Civil Veterinary Dept. North-West Frontier Province 1901-22 - 1901-1922
Year: 1901
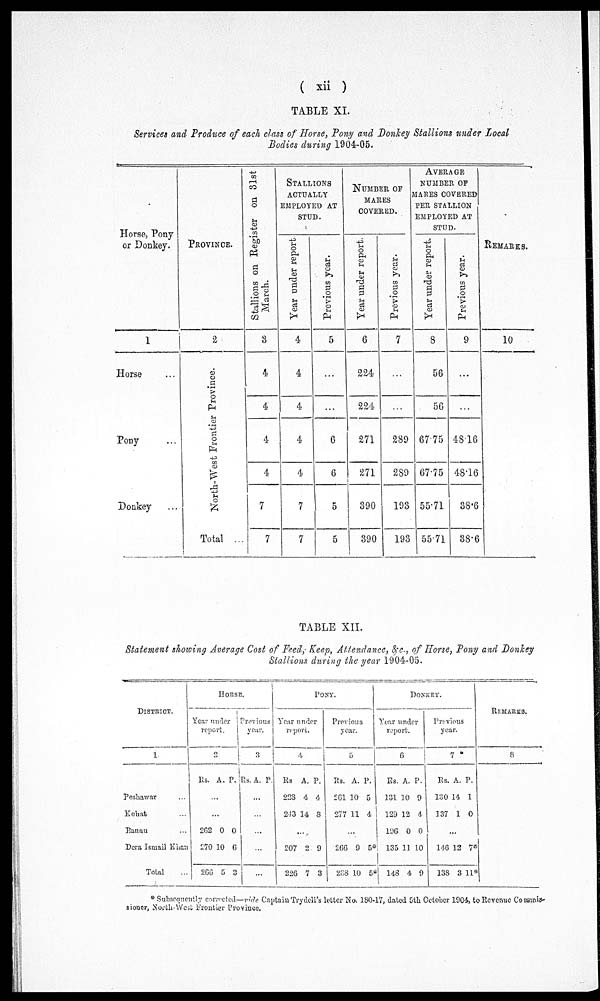
(xii)
TABLE XI.
Services and Produce of each class of Horse, Pony and Donkey Stallions under Local
Bodies during 1904-05.
Horse, Pony
or Donkey.
1
Horse ...
Pony ...
Donkey ...
PROVINCE.
2
North-West Frontier Province.
Total ...
Stallions on Register on 31st
March.
3
4
4
4
4
7
7
STALLIONS
ACTUALLY
EMPLOYED AT
STUD.
Year under report.
4
4
4
4
4
7
7
Previous year.
5
...
...
6
6
5
5
NUMBER OF
MARES
COVERED.
Year under report.
6
224
224
271
271
390
390
Previous year.
7
...
...
289
289
193
193
AVERAGE
NUMBER OF
MARES COVERED
PER STALLION
EMPLOYED AT
STUD.
Year under report.
8
56
56
67.75
67.75
55.71
55.71
Previous year.
9
...
...
48.16
48.16
38.6
38.6
REMARKS.
10
TABLE XII.
Statement showing Average Cost of Feed, Keep, Attendance, &c., of Horse, Pony and Donkey
Stallions during the year 1904-05.
DISTRICT.
1
Peshawar ...
Kohat ...
Bannu ...
Dera Ismail Khan
Total ...
HORSE
Year under
report.
2
Rs. A. P.
...
...
262
270
266
0
10
5
0
6
3
Previous
year.
3
Rs.A. P.
...
...
...
...
...
PONY.
Year under
report.
4
Rs.
223
213
A.
4
14
P.
4
3
...
207
226
2
7
9
3
Previous
year.
5
Rs.
261
277
A.
10
11
P.
5
4
...
266
268
9
10
5*
5*
DONKEY.
Year under
report.
6
Rs.
131
129
196
135
148
A.
10
12
0
11
4
P.
9
4
0
10
9
Previous
year.
7
Rs.
130
137
A.
14
1
P.
1
0
...
146
138
12
3
7*
11*
REMARKS.
8
* Subsequently consisted—ride Captain Trydell's letter No. 180-17, dated 5th October 1901, to Revenue Comnis-
sioner, North-West Frontier Province.